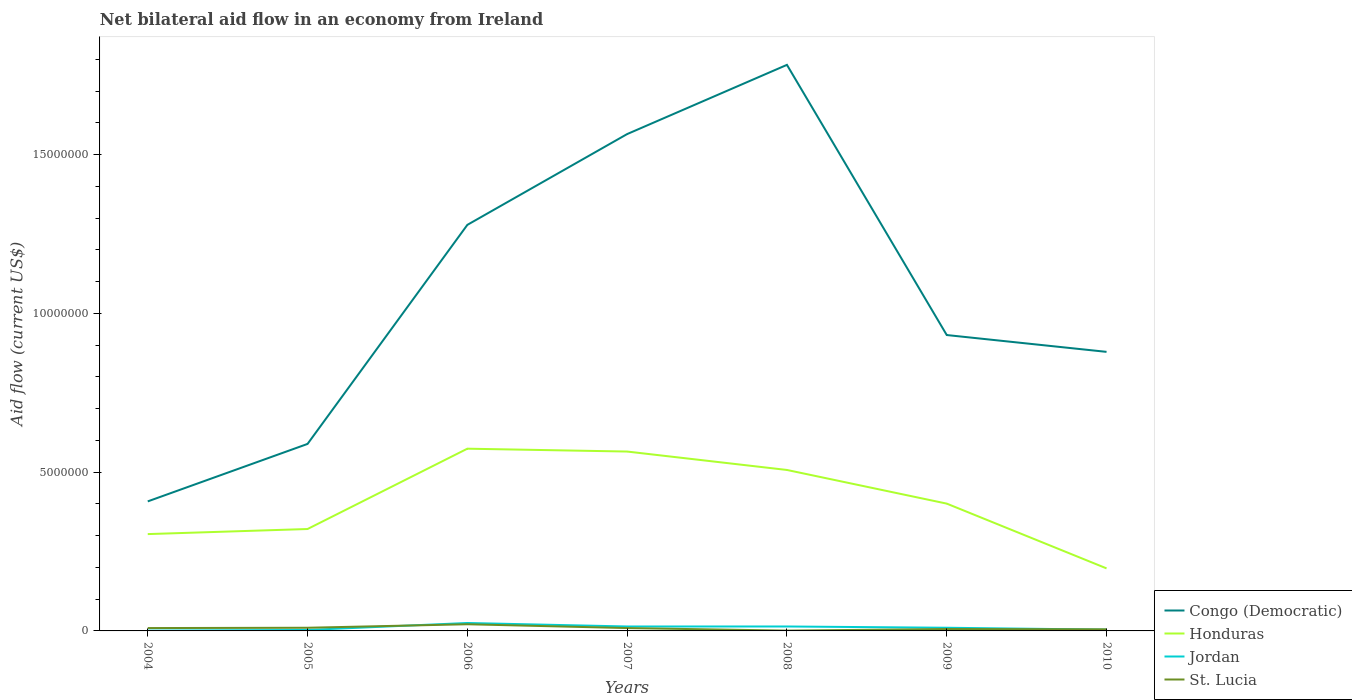
| Years | Congo (Democratic) | Honduras | Jordan | St. Lucia |
 | --- | --- | --- | --- | --- |
 | 2004 | 4.08e+06 | 3.05e+06 | 1e+04 | 9e+04 |
 | 2005 | 5.89e+06 | 3.21e+06 | 3e+04 | 1e+05 |
 | 2006 | 1.28e+07 | 5.74e+06 | 2.5e+05 | 2.1e+05 |
 | 2007 | 1.56e+07 | 5.65e+06 | 1.4e+05 | 9e+04 |
 | 2008 | 1.78e+07 | 5.07e+06 | 1.4e+05 | 1e+04 |
 | 2009 | 9.32e+06 | 4.01e+06 | 1e+05 | 6e+04 |
 | 2010 | 8.79e+06 | 1.97e+06 | 4e+04 | 5e+04 |